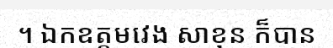
។ ឯកឧត្តមវេង សាខុន ក៏បាន